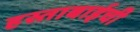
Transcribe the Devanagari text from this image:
हस्ताबाईची